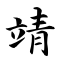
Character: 靖